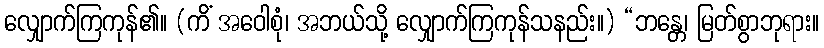
လျှောက်ကြကုန်၏။ (ကိံ အဝေါစုံ၊ အဘယ်သို့ လျှောက်ကြကုန်သနည်း။) “ဘန္တေ၊ မြတ်စွာဘုရား။